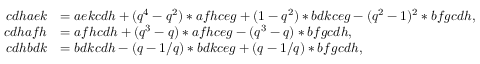
\begin{array} { r l } { c d h a e k } & { = a e k c d h + ( q ^ { 4 } - q ^ { 2 } ) * a f h c e g + ( 1 - q ^ { 2 } ) * b d k c e g - ( q ^ { 2 } - 1 ) ^ { 2 } * b f g c d h , } \\ { c d h a f h } & { = a f h c d h + ( q ^ { 3 } - q ) * a f h c e g - ( q ^ { 3 } - q ) * b f g c d h , } \\ { c d h b d k } & { = b d k c d h - ( q - 1 / q ) * b d k c e g + ( q - 1 / q ) * b f g c d h , } \end{array}